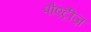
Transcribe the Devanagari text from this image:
पोएट्रीज़